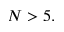
N > 5 .